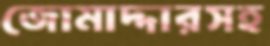
জোমাদ্দারসহ